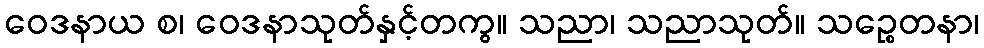
ဝေဒနာယ စ၊ ဝေဒနာသုတ်နှင့်တကွ။ သညာ၊ သညာသုတ်။ သဉ္စေတနာ၊